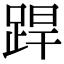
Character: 𨁄